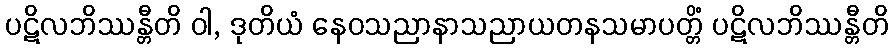
ပဋိလဘိဿန္တီတိ ဝါ, ဒုတိယံ နေဝသညာနာသညာယတနသမာပတ္တိံ ပဋိလဘိဿန္တီတိ